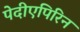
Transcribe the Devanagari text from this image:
पेदीएपिरिन